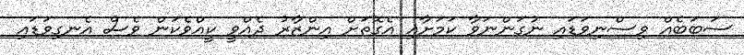
ސަބަބެއް ވިސްނިވަޑައި ނުގަންނަވާ ކަމަށާއި އެގޮތަށް އިންޒާރު ދެއްވީ ކީއްވެކަން ވެސް އެނގިވަޑައި